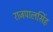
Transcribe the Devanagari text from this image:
राजपालसिंह